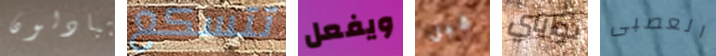
يتبادلون تتسكع ويفعل قبل نواياي العصبى